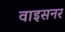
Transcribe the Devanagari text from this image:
वाइसनर